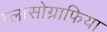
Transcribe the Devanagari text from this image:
ग्लासोग्राफिया